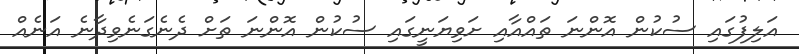
އަލިފުގައި ސުކުން އޮންނަ ތައްއާއި ށަވިޔަނީގައި ސުކުން އޮންނަ ތަށް ދެނެގަނެވިދާނެ އަނެއް